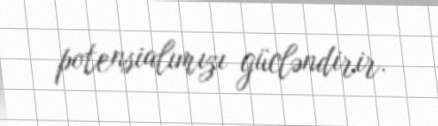
potensialımızı gücləndirir.